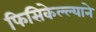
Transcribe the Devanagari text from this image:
फिसिकेल्ल्याने